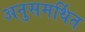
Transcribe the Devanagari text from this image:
अनुसमर्थित